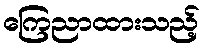
ကြေညာထားသည့်